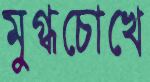
মুগ্ধচোখে